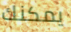
يمكنك